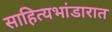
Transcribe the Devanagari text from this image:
साहित्यभांडारात